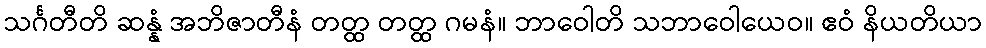
သင်္ဂတီတိ ဆန္နံ အဘိဇာတီနံ တတ္ထ တတ္ထ ဂမနံ။ ဘာဝေါတိ သဘာဝေါယေဝ။ ဧဝံ နိယတိယာ